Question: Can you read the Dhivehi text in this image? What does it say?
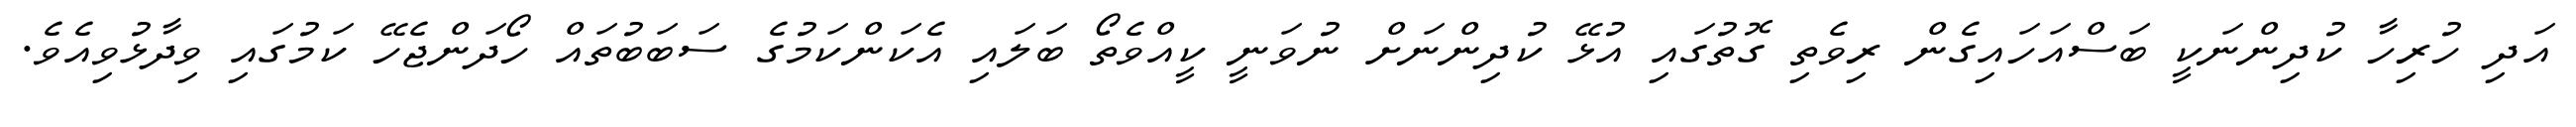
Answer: އަދި ހުރިހާ ކުދިންނަކީ ބަސްއަހައިގެން ރިވެތި ގޮތުގައި އުޅޭ ކުދިންނަށް ނުވަނީ ކީއްވެތޯ ބަލައި އެކަންކަމުގެ ސަބަބުތައް ހޯދަންޖެހޭ ކަމުގައި ވިދާޅުވިއެވެ.